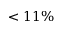
< 1 1 \%